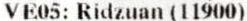
VE05: RIDZUAN (11900)